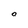
Character: o